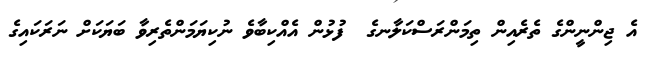
އެ ޖިންނީންގެ ތެރެއިން ތިމަންރަސްކަލާނގެ  ފުޅުން އެއްކިބާވެ ނުކިޔަމަންތެރިވާ ބަޔަކަށް ނަރަކައިގެ